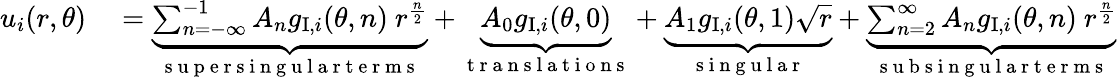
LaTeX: \begin{array}{rl}{u_{i}(r,\theta)}&{{}=\underbrace{\sum_{n=-\infty}^{-1}A_{n}g_{\mathrm{I},i}(\theta,n)\ r^{\frac{n}{2}}}_{\mathrm{~s~u~p~e~r~s~i~n~g~u~l~a~r~t~e~r~m~s~}}+\underbrace{A_{0}g_{\mathrm{I},i}(\theta,0)}_{\mathrm{~t~r~a~n~s~l~a~t~i~o~n~s~}}+\underbrace{A_{1}g_{\mathrm{I},i}(\theta,1)\sqrt{r}}_{\mathrm{~s~i~n~g~u~l~a~r~}}+\underbrace{\sum_{n=2}^{\infty}A_{n}g_{\mathrm{I},i}(\theta,n)\ r^{\frac{n}{2}}}_{\mathrm{~s~u~b~s~i~n~g~u~l~a~r~t~e~r~m~s~}}}\end{array}